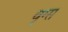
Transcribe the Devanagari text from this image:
वृग्स